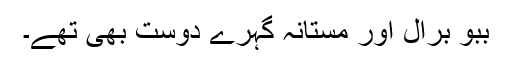
ببو برال اور مستانہ گہرے دوست بھی تھے۔